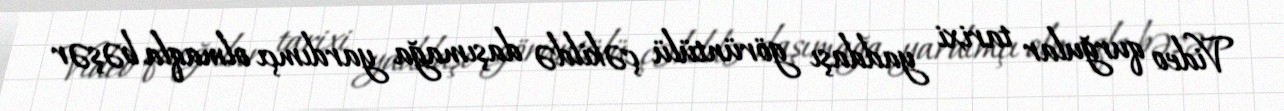
Video qurğular tarixi yaddaşı görüntülü çəkildə daşımağa yardımçı olmaqla bəşər